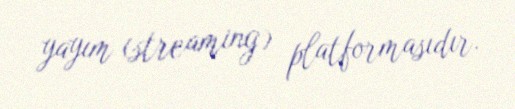
yayım (streaming) platformasıdır.